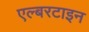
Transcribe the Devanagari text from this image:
एल्बरटाइन